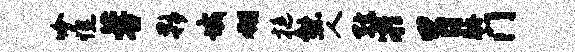
吟憔蓉夥域翎挺熊人弦凝胃胁门